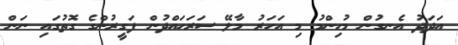
އަދަދު އެނގުން މުހިންމު މި އަހަރު މާލޭ ސަރަހައްދުން ފަގީރުންގެ ގޮތުގައި ނަން